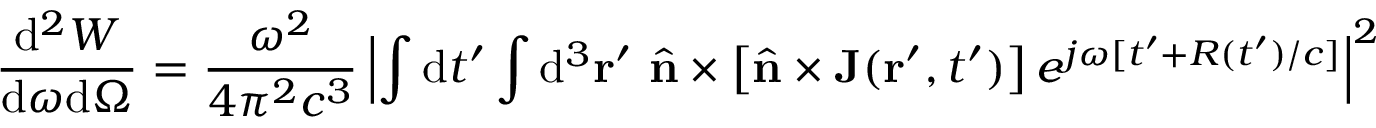
\frac { \mathrm { d } ^ { 2 } W } { \mathrm { d } \omega \mathrm { d } \Omega } = \frac { \omega ^ { 2 } } { 4 \pi ^ { 2 } c ^ { 3 } } \left| \int \mathrm { d } t ^ { \prime } \int \mathrm { d } ^ { 3 } { \bf r } ^ { \prime } \ { \hat { \mathbf { n } } } \times \left[ { \hat { \mathbf { n } } } \times \mathbf { J } ( { \bf r } ^ { \prime } , t ^ { \prime } ) \right] e ^ { j \omega [ t ^ { \prime } + R ( t ^ { \prime } ) / c ] } \right| ^ { 2 }